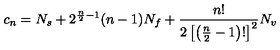
c _ { n } = N _ { s } + 2 ^ { { \frac { n } { 2 } } - 1 } ( n - 1 ) N _ { f } + { \frac { n ! } { 2 \left[ \left( { \frac { n } { 2 } } - 1 \right) ! \right] ^ { 2 } } } N _ { v }